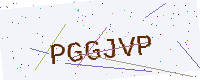
Text: PGGJVP